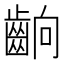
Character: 𮯄